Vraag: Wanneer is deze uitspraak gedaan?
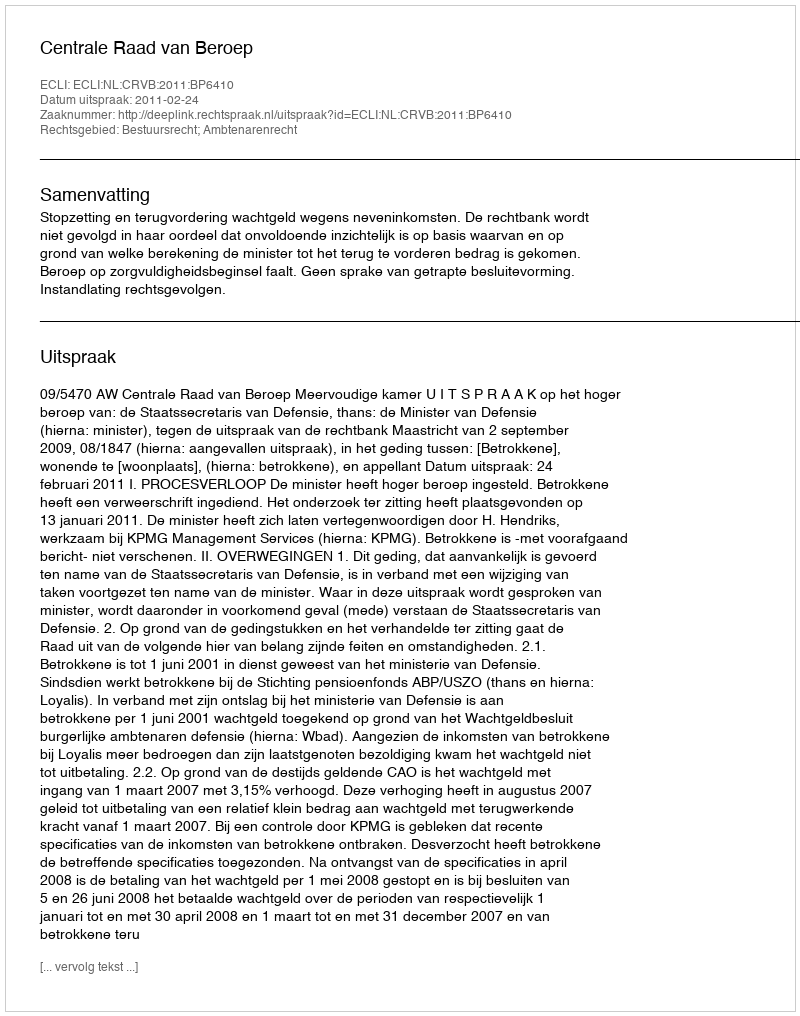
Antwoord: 2011-02-24